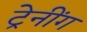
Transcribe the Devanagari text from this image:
ट्रेनींग